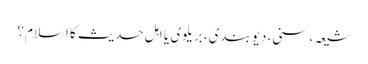
شیعہ، سنی، دیوبندی، بریلوی یا اہلِ حدیث کا اسلام؟